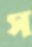
স